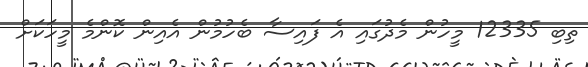
ތިބި 12335 މީހުން މެދުގައި އެ ފައިސާ ބެހުމުން އެއިން ކޮންމެ މީހަކަށް